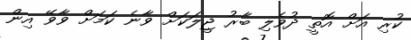
ކުރި އަށް އޮތީ ދުވެލި ބާރު ޖީލަކަށް ވާނެ ކަމަށް ވާވޭ އިން